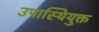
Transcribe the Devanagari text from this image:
उपास्थियुक्त